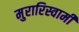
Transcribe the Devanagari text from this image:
मुरारिस्वामी